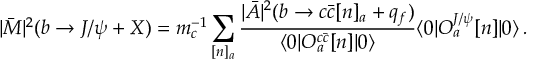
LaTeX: M _ { e e \gamma } ( p ^ { \prime } , p , k ) = e ^ { \mu } ( k ) k ^ { \nu } { \bar { u } } ( p ^ { \prime } ) \frac { d _ { e } } { 2 m } \, \gamma _ { 5 } \, \sigma _ { \mu \nu } \, u ( p ) ,